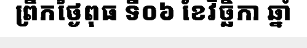
ព្រឹកថ្ងៃពុធ ទី០៦ ខែវិច្ឆិកា ឆ្នាំ